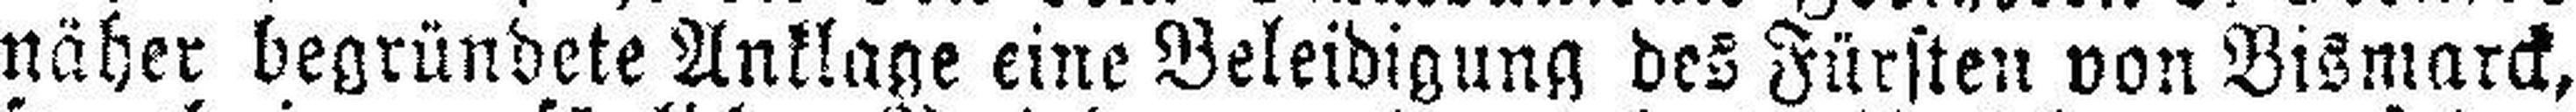
näher begründete Anklage eine Beleidigung des Fürsten von Bismarck,